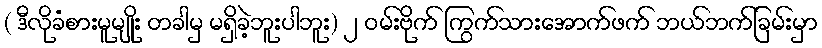
( ဒီလိုခံစားမူမျိုး တခါမှ မရှိခဲ့ဘူးပါဘူး) ၂ ဝမ်းဗိုက် ကြွက်သားအောက်ဖက် ဘယ်ဘက်ခြမ်းမှာ